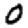
Digit: 0